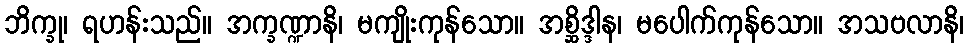
ဘိက္ခု၊ ရဟန်းသည်။ အက္ခဏ္ဍာနိ၊ မကျိုးကုန်သော။ အစ္ဆိဒ္ဒါန၊ မပေါက်ကုန်သော။ အသဗလာနိ၊